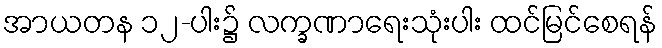
အာယတန ၁၂-ပါး၌ လက္ခဏာရေးသုံးပါး ထင်မြင်စေရန်